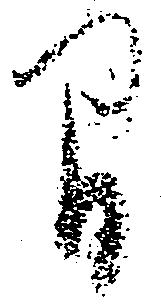
間